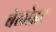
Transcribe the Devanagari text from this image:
बेलोइट